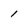
Character: l